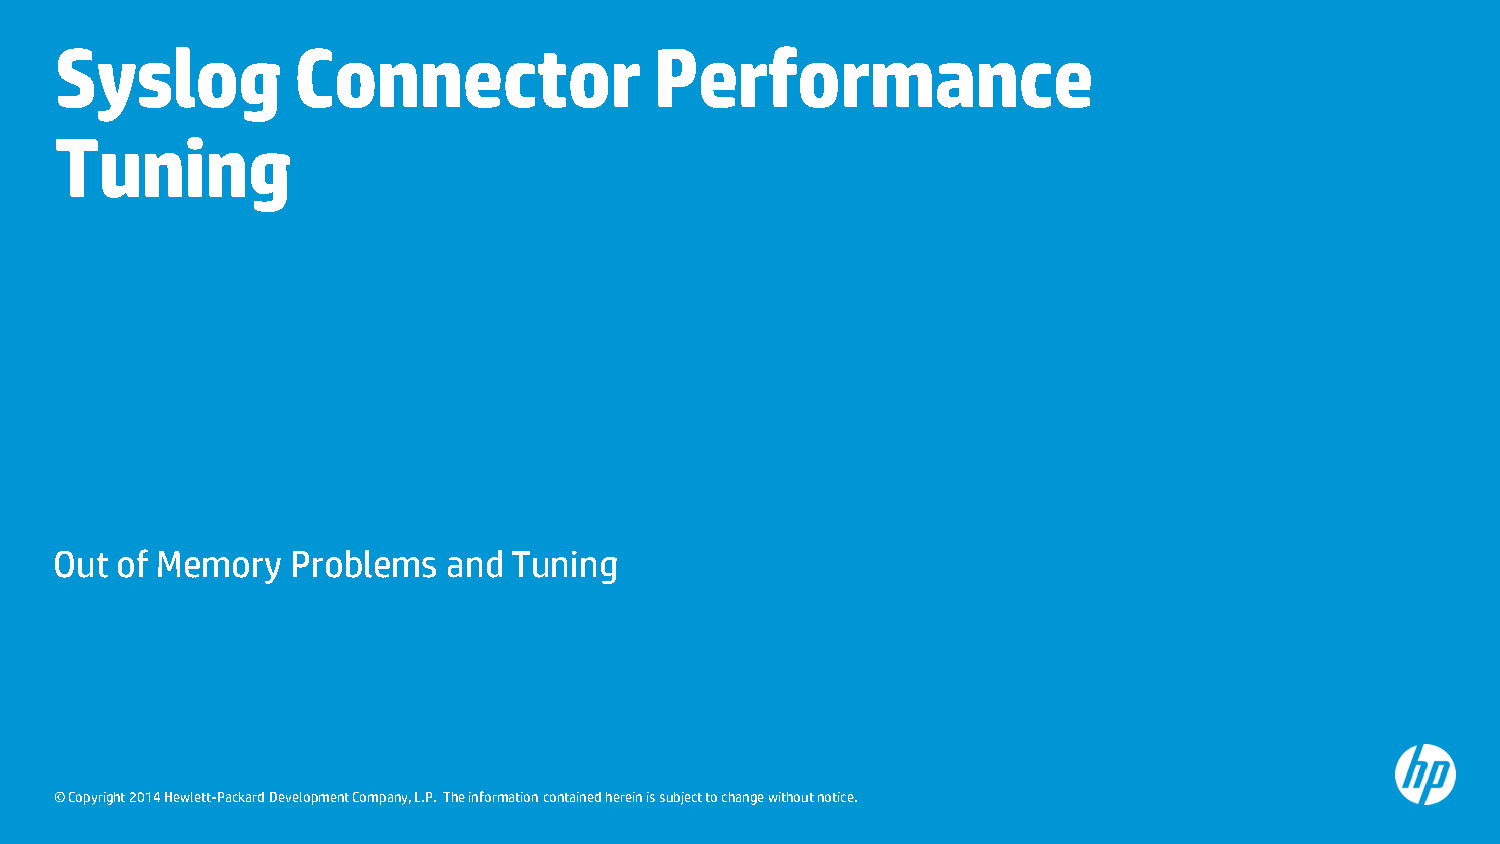
Syslog         Connector               Performance
 Tuning
 Out of Memory  Problems   and Tuning
 © Copyright 2014 Hewlett-Packard Development Company, L.P. The information contained herein is subject to change without notice.